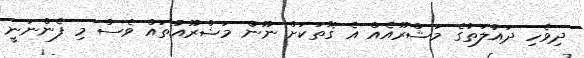
ދިވެހި ދައުލަތުގެ މަޝްރޫއެއް އެ ގޮތަކަށް ނޫން މަޝްރޫއުތައް ވެސް މި ފެންނަނީ